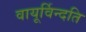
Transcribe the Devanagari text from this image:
वायूर्विन्दति